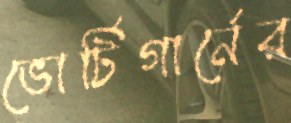
ভোর্টিগার্নের